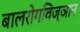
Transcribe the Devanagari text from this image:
बालरोगविज्ञान